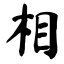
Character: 相